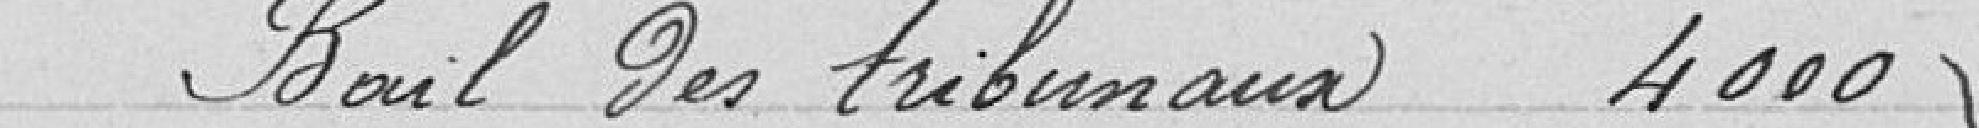
Bail des tribunaux 4000